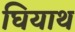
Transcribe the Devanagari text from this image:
घियाथ